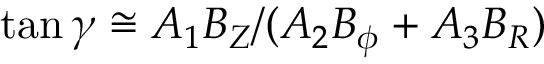
\tan { \gamma } \cong A _ { 1 } B _ { Z } / ( A _ { 2 } B _ { \phi } + A _ { 3 } B _ { R } )